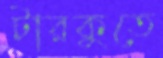
টারকুতে